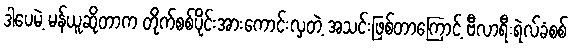
ဒါပေမဲ့ မန်ယူဆိုတာက တိုက်စစ်ပိုင်းအားကောင်းလှတဲ့ အသင်းဖြစ်တာကြောင့် ဗီလာရီးရဲလ်ခံစစ်